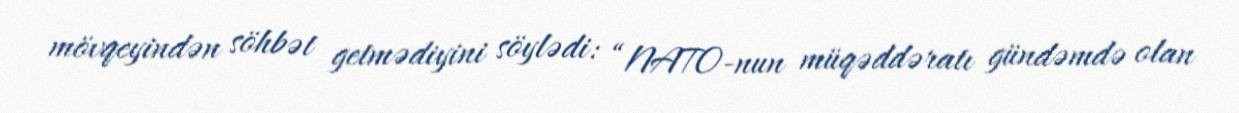
mövqeyindən söhbət getmədiyini söylədi: “NATO-nun müqəddəratı gündəmdə olan